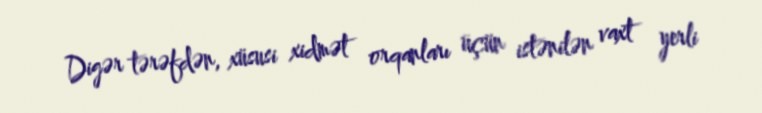
Digər tərəfdən, xüsusi xidmət orqanları üçün istənilən vaxt yerli